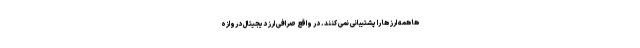
ها همه ارز ها را پشتیبانی نمی کنند. در واقع صرافی ارز دیجیتال دروازه